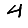
Digit: 4